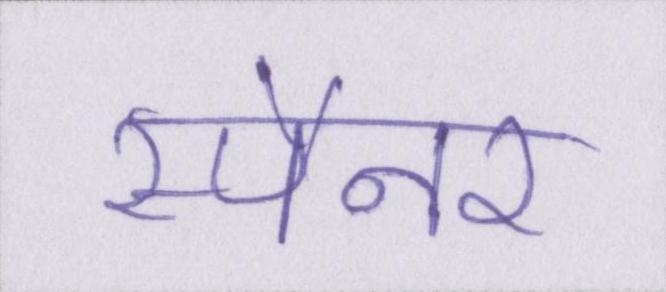
स्पैनर